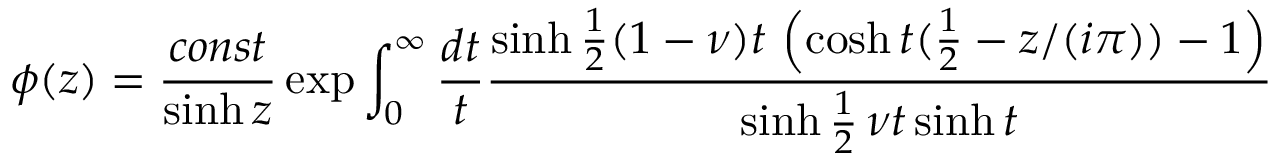
\phi ( z ) = \frac { c o n s t } { \sinh z } \exp \int _ { 0 } ^ { \infty } \frac { d t } { t } \frac { \sinh \frac { 1 } { 2 } ( 1 - \nu ) t \, \left( \cosh t ( \frac { 1 } { 2 } - z / ( i \pi ) ) - 1 \right) } { \sinh \frac { 1 } { 2 } \, \nu t \sinh t }